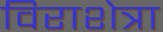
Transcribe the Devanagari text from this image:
विराशेत्रा